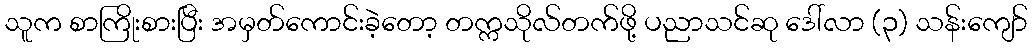
သူက စာကြိုးစားပြီး အမှတ်ကောင်းခဲ့တော့ တက္ကသိုလ်တက်ဖို့ ပညာသင်ဆု ဒေါ်လာ (၃) သန်းကျော်